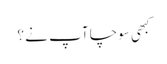
کبھی سوچا آپ نے ؟